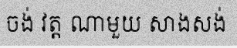
ចង់ វត្ត ណាមួយ សាងសង់